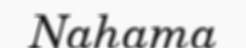
Nahama